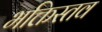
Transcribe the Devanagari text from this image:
भक्तिस्तव